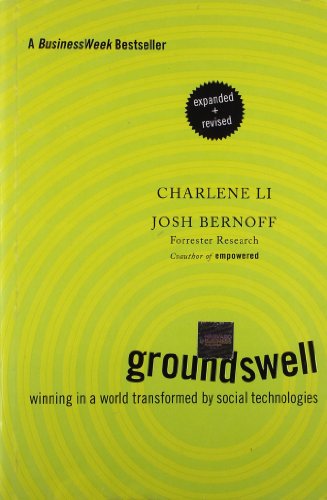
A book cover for Groundswell, Expanded and Revised Edition: Winning in a World Transformed by Social Technologies; Charlene Li; Computers & Technology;